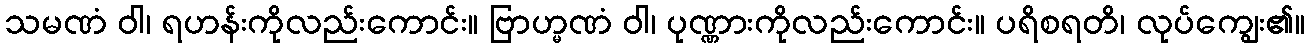
သမဏံ ဝါ၊ ရဟန်းကိုလည်းကောင်း။ ဗြာဟ္မဏံ ဝါ၊ ပုဏ္ဏားကိုလည်းကောင်း။ ပရိစရတိ၊ လုပ်ကျွေး၏။